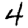
Digit: 4